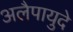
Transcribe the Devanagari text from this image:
अलैपायुदे